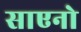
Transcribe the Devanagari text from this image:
साएनो